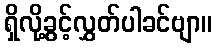
ရှိလို့ခွင့်လွှတ်ပါခင်ဗျာ။